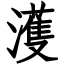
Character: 濩